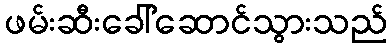
ဖမ်းဆီးခေါ်ဆောင်သွားသည်